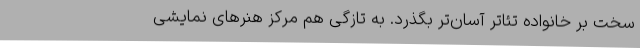
سخت بر خانواده تئاتر آسان‌تر بگذرد. به تازگی هم مرکز هنرهای نمایشی